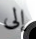
إلى